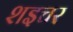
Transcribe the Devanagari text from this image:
शइचर